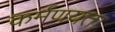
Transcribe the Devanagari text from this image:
कर्मणयता